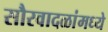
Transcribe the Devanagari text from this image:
सौरवादळांमध्ये